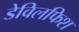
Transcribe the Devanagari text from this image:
डेविलफिश